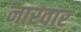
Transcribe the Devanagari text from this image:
नारवार